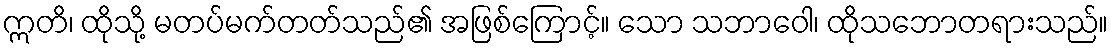
ဣတိ၊ ထိုသို့ မတပ်မက်တတ်သည်၏ အဖြစ်ကြောင့်။ သော သဘာဝေါ၊ ထိုသဘောတရားသည်။